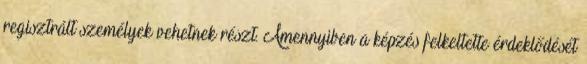
regisztrált személyek vehetnek részt. Amennyiben a képzés felkeltette érdeklődését